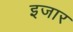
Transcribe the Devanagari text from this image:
इजार